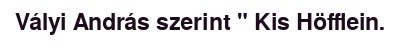
Vályi András szerint " Kis Höfflein.